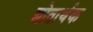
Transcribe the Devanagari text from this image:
द्योतार्थक